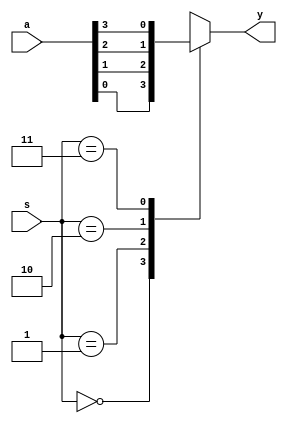
module mux4to1_1(a,s,y);
    input [3:0]a;
    input [1:0]s;
    output reg y;
    always @(a or s ) 
    case(s)
    2'b00: y=a[0];
    2'b01: y=a[1];
    2'b10: y=a[2];
    2'b11: y=a[3];
    endcase
    
endmodule